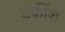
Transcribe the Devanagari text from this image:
टर्कीश